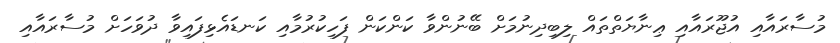
މުސާރައާއި އުޖޫރައާއި ޢިނާޔަތްތައް ލިބިދިނުމަށް ބޭނުންވާ ކަންކަން ފަހިކުރުމާއި ކަނޑައެޅިފައިވާ ދުވަހަށް މުސާރައާއި